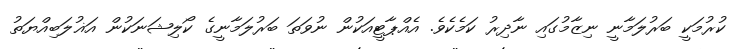
ކުރުމަކީ ބަރުލަމާނީ ނިޒާމުގައި ނާދިރު ކަމެކެވެ. އެއްޕާޓީއަކުން ނުވަތަ ބަރުލަމާނީގެ ކޯލިޝަނަކުން އަޣުލަބިއްޔަތު